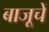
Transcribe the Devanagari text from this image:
बाजूचें